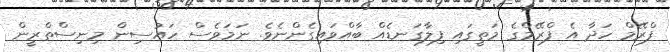
ފްރޭމް ހަދާ އެ ފްރޭމްގެ މަތީގައި ފިލާގަނޑެއް ބާއްވައިގެންނެވެ. ނަމަވެސް ހައުސިން މިނިސްތްރީން